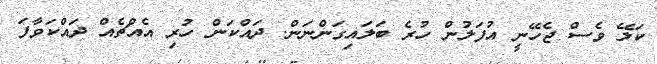
ކަލޭ ވެސް ޖެހޭނީ އުފަލުން ހުރެ ބަލައިގަންނަން. ދައްކަން ހުރި އެއްޗެއް ދައްކަވާފަ